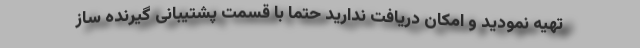
تهیه نمودید و امکان دریافت ندارید حتما با قسمت پشتیبانی گیرنده ساز